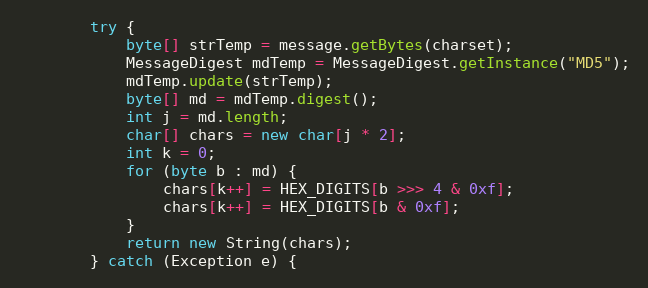
Language: Java
        try {
            byte[] strTemp = message.getBytes(charset);
            MessageDigest mdTemp = MessageDigest.getInstance("MD5");
            mdTemp.update(strTemp);
            byte[] md = mdTemp.digest();
            int j = md.length;
            char[] chars = new char[j * 2];
            int k = 0;
            for (byte b : md) {
                chars[k++] = HEX_DIGITS[b >>> 4 & 0xf];
                chars[k++] = HEX_DIGITS[b & 0xf];
            }
            return new String(chars);
        } catch (Exception e) {